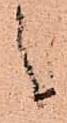
之